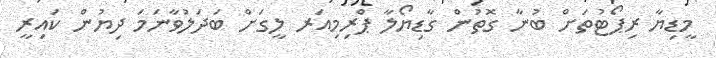
މީޑިޔާ ރިޕޯޓުތަށް ބުނާ ގޮތުން ގާޑިޔޯލާ ޕްރިމިއަރ ލީގަށް ބަދަލުވާނަމަ ދިޔުން ކައިރީ